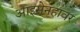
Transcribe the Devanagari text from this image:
आइसेनहावर